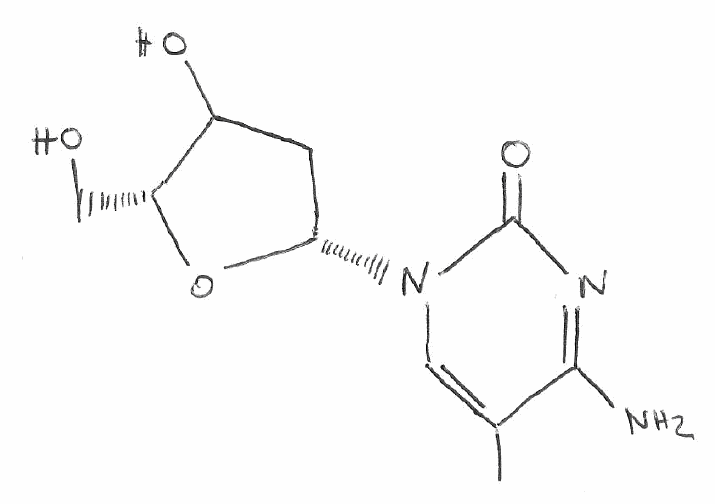
Simplified molecular-input line-entry system (SMILES) notation of the given molecule:
CC1=CN(C(=O)N=C1N)[C@H]2CC([C@H](O2)CO)O